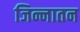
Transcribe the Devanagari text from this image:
जिन्नातन